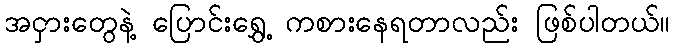
အငှားတွေနဲ့ ပြောင်းရွှေ့ ကစားနေရတာလည်း ဖြစ်ပါတယ်။